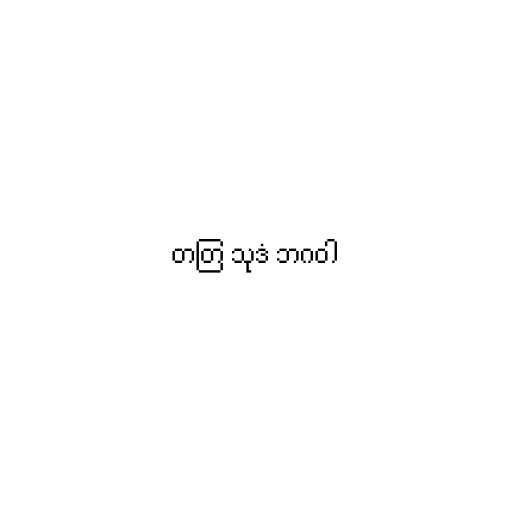
တတြ သုဒံ ဘဂဝါ